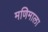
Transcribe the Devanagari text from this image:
मणिमाला